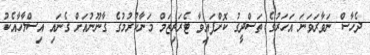
ދެހާސް ނަވާރަވަނަ އަހަރުގެ ތަސްދީގު ކޮށްފައިވާ ޓެރަރިޒަމް މަނާކުރުމުގެ ގާނޫނުއަށް ގެނައި އިސްލާހާއެކު